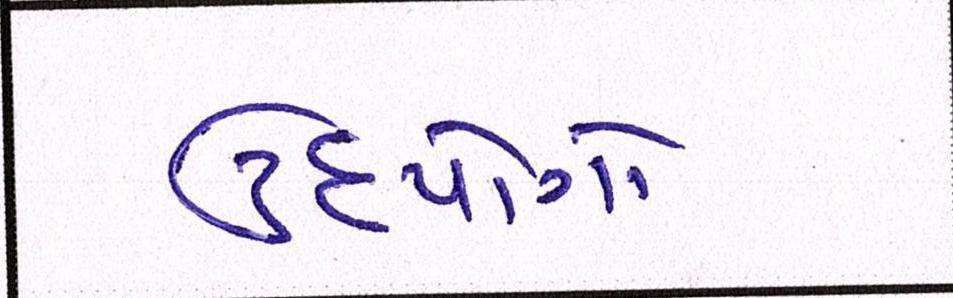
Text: ઉદ્યોગો